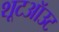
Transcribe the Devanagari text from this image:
शूटऑउट